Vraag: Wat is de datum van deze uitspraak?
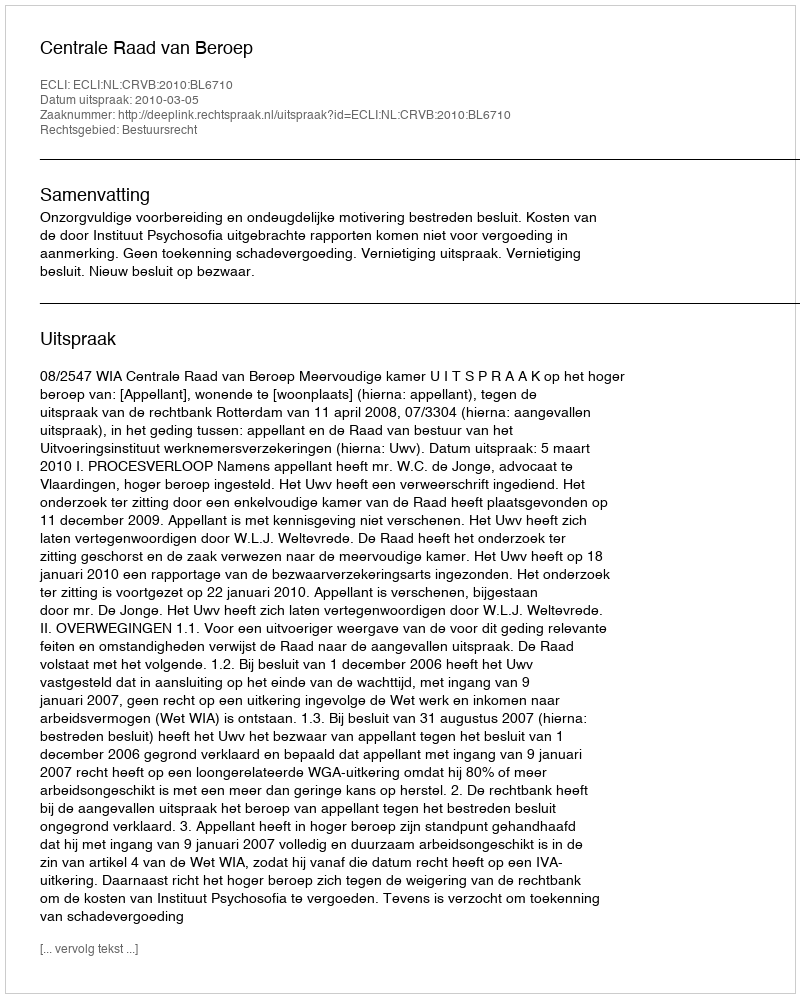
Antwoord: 2010-03-05